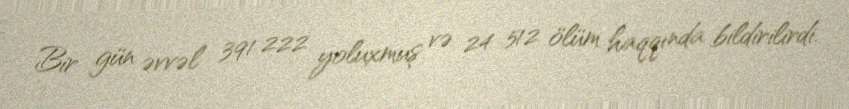
Bir gün əvvəl 391 222 yoluxmuş və 24 512 ölüm haqqında bildirilirdi.